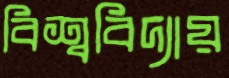
বিশ্ববিদ্যায়